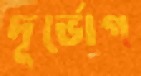
দূর্ভোগ